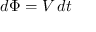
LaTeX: d \Phi = V \, d t